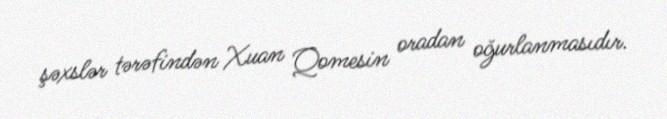
şəxslər tərəfindən Xuan Qomesin oradan oğurlanmasıdır.